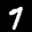
Label: 7